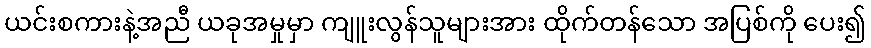
ယင်းစကားနဲ့အညီ ယခုအမှုမှာ ကျူးလွန်သူများအား ထိုက်တန်သော အပြစ်ကို ပေး၍